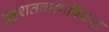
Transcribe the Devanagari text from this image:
दहशतवाद्यांविरुद्ध